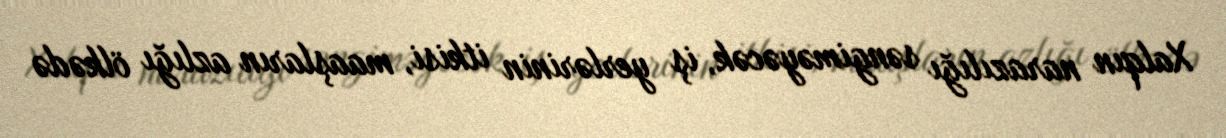
Xalqın narazılığı səngiməyəcək, iş yerlərinin itkisi, maaşların azlığı ölkədə